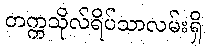
တက္ကသိုလ်ရိပ်သာလမ်းရှိ